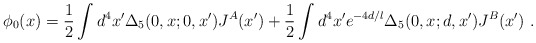
\begin{align*}\phi_0 (x) = {1\over 2} \int d^4 x' \Delta_{5} (0,x; 0,x') J^A (x' ) + {1\over 2} \int d^4 x' e^{-4d/l} \Delta_{5} (0,x; d,x') J^B (x' ) \ . \end{align*}